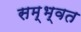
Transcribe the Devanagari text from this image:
सम्भ्वत